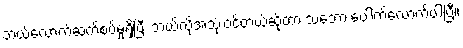
ဘယ်လောက်ဆက်စပ်မှုရှိပြီး ဘယ်လိုအသုံးဝင်တယ်ဆိုတာ သဘော ပေါက်လောက်ပါပြီ။